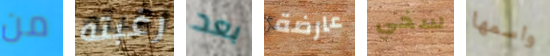
من رغبته بعد عارضة سخي واسمها